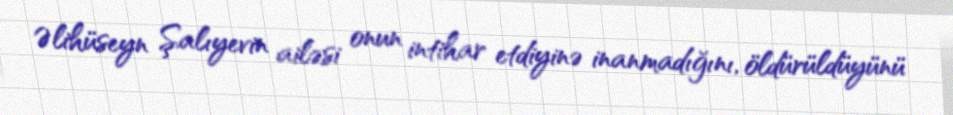
Əlihüseyn Şalıyevin ailəsi onun intihar etdiyinə inanmadığını, öldürüldüyünü